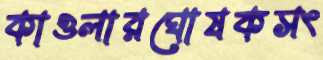
কাওলারঘোষকসং